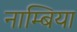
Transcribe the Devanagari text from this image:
नाम्बिया